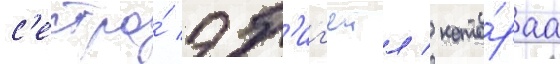
с'естра́ эб'иг'еил / кото́раа